Report on inoculation in the plague infected areas of the Punjab and its dependencies from October 1900 to September 1901
Year: 1900
Disease focus: Plague
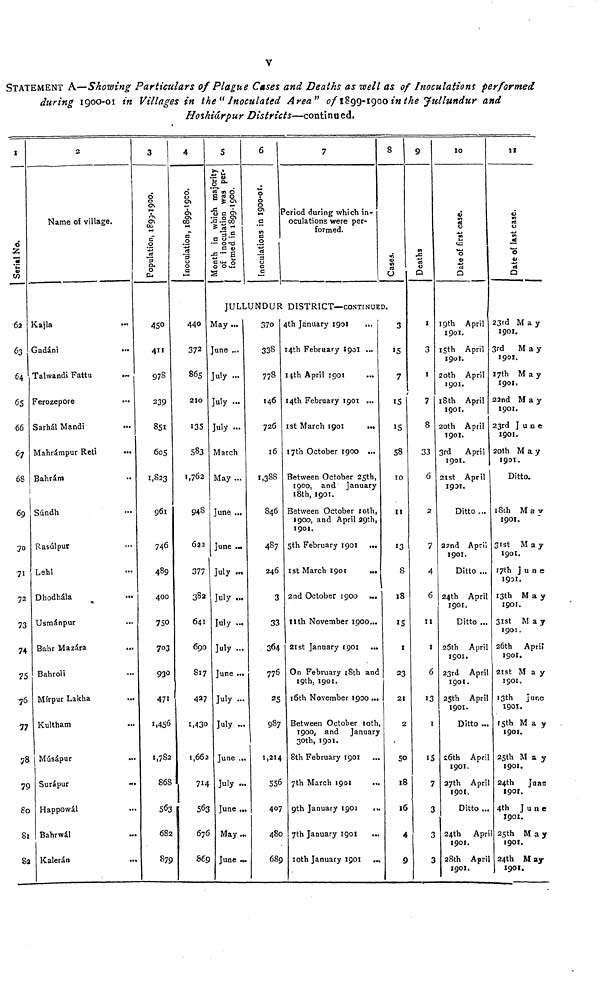
v
STATEMENT A—Showing Particulars of Plague Cases and Deaths as well as of Inoculations performed
during 1900-01 in Villages in the" Inoculated Area" of 1899-1900 in the Jullundur and
Hoshiárpur Districts—continued.
1
Serial No.
62
63
64
65
66
67
68
69
70
71
?2
73
74
75
76
77
78
79
80
81
82
2
Name of village.
Kajla
Gadáni
Talwandi Fattu
Ferozepore
Sarhál Mandi
Mahrámpur
Reti
Bahrám
Súndh
Rasúlpur
Lehl
Dhodhála
Usmánpur
Bahr Mazára
Bahroli
Mírpur Lakha
Kultham
Músápur
Surápur
Happowál
Bahrwál
Kalerán
3
Population, 1899-1900.
450
411
978
239
851
605
1,823
961
746
489
400
750
703
930
471
1,456
1,782
868
563
682
879
4
Inoculation, 1899-1900.
440
372
865
210
I3S
583
1,762
948
622
377
382
641
690
817
427
1,430
1,662
714
563
676
869
5
Month in which majority
of inoculation was per-
formed in 1899-1900.
6
Inoculation, 1899-1900.
JULLUNDUR
May ...
June ...
July
July ...
July ...
March
May ...
June ...
June
July
July
July ...
July ...
June ...
July ...
July ...
June
July ...
June ...
May
June
370
338
778
146
726
16
1,388
846
487
246
3
33
364
776
987
1,214
556
407
480
689
7
Period during which in-
oculations were per-
formed.
8
Cases.
DISTRICT—CONTINUED.
4th January 1901
14th February 1901 ...
14th April
1901.
14th February 1901
1st March 1901
17th October 1900
Between October 25th,
1900, and January
18th, 1901.
Between October 10th,
1900, and April 29th,
1901.
5th February 1901
1st March 1901
2nd October 1900
nth November 1900
21st January 1901
On February 18th and
19th. 1901.
16th November 1900
Between October 10th,
1900, and January
30th, 1901.
8th February 1901
7th March 1901
9th January 1901
7th January 1901
10th January 1901
3
15
7
15
15
58
10
11
13
8
18
15
1
23
21
2
50
18
16
4
9
9
Deaths
I
3
1
7
8
33
6
2
7
4
6
11
1
6
13
1
15
7
3
3
3
10
Date of first case.
19th April
1901.
15th April
1901.
20th April
1901.
18th April
1901.
20th April
1901.
3rd April
1901.
21st April
1901.
Ditto
22nd April
1901.
Ditto ...
24th April
1901.
Ditto ...
25th April
1901.
23rd April
1901.
2Sth April
1901.
Ditto ...
26th April
1901.
27th April
1901.
Ditto ...
24th April
1901.
28th April
1901.
II
Date of last case.
23rd May
1901.
3rd
May
1901.
17th May
1901.
22nd May
1901.
23rd
June
1901.
20th May
1901.
Ditto.
18th May
1901.
31st May
1901.
17th
June
1931.
13th
May
1901.
31st
May
1901.
26th April
190I.
21st May
1901.
13th June
1901.
15th May
1901.
25th May
1901.
24th
Jane
1901.
4th
June
1901.
25th
May
1901.
24th M ay
1901.